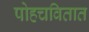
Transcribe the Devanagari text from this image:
पोहचवितात